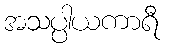
အသပ္ပါယကာရီ